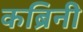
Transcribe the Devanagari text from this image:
कब्रिनी